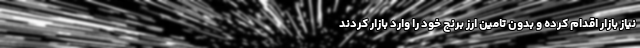
نیاز بازار اقدام کرده و بدون تامین ارز برنج خود را وارد بازار کردند